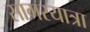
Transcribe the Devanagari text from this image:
सागरयात्रा